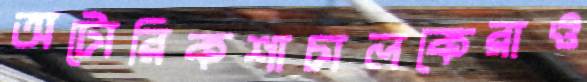
অটোরিকশাচালকেরাও